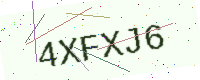
Text: 4XFXJ6